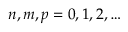
n , m , p = 0 , 1 , 2 , \ldots